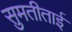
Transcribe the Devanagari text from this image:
सुमतीताई